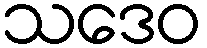
သဒေဝ